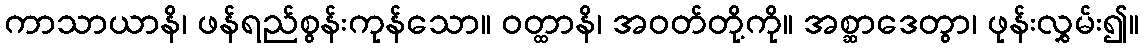
ကာသာယာနိ၊ ဖန်ရည်စွန်းကုန်သော။ ဝတ္ထာနိ၊ အဝတ်တို့ကို။ အစ္ဆာဒေတွာ၊ ဖုန်းလွှမ်း၍။